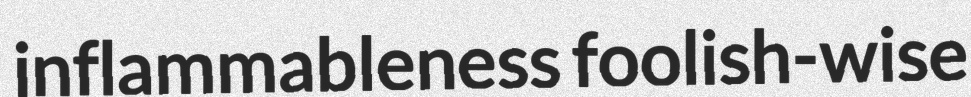
inflammableness foolish-wise